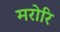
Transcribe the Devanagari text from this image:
मरोरि